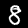
Digit: 8